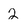
Character: 2